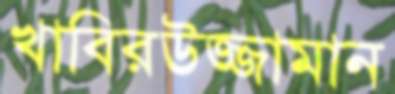
খাবিরউজ্জামান